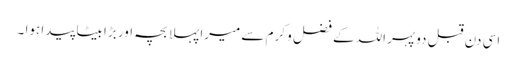
اسی دن قبل دوپہر اللہ کے فضل و کرم سے میرا پہلا بچہ اور بڑا بیٹا پیدا ہوا ۔